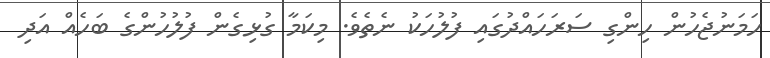
ހަމަނުޖެހުން ހިންގި ސަރަހައްދުގައި ފުލުހަކު ނެތެވެ. މިކަމާ ގުޅިގެން ފުލުހުންގެ ބަހެއް އަދި